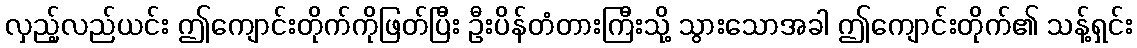
လှည့်လည်ယင်း ဤကျောင်းတိုက်ကိုဖြတ်ပြီး ဦးပိန်တံတားကြီးသို့ သွားသောအခါ ဤကျောင်းတိုက်၏ သန့်ရှင်း